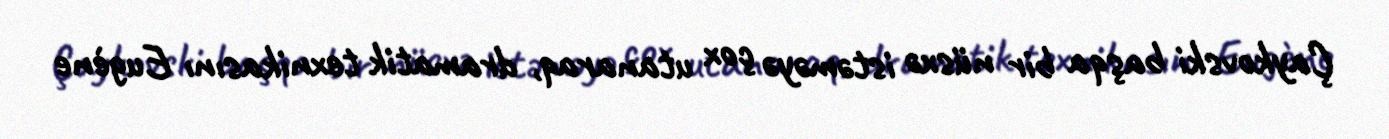
Çaykovski başqa bir nüsxə istəməyə çox utanaraq, dramatik texnikasını Eugène